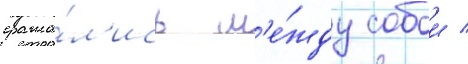
сража́л'ись м'е́жду собои /